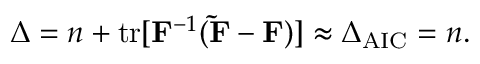
\Delta = n + \mathrm { t r } [ \mathbf { F } ^ { - 1 } ( \mathbf { \tilde { F } } - \mathbf { F } ) ] \approx \Delta _ { \mathrm { A I C } } = n .